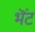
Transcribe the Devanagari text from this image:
भॆंट